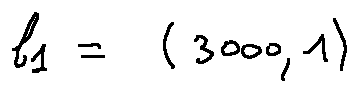
l _ { 1 } = ( 3 0 0 0 , 1 )